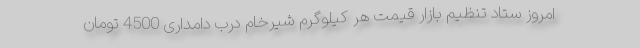
امروز ستاد تنظیم بازار قیمت هر کیلوگرم شیرخام درب دامداری 4500 تومان